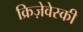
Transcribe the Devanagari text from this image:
क्रिज़ेवेस्की